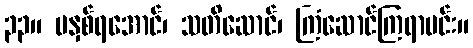
၃၃။ မနှစ်ရအောင်၊ သတိဆောင်၊ ကြံဆောင်ကြရာမင်း။